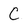
Character: C